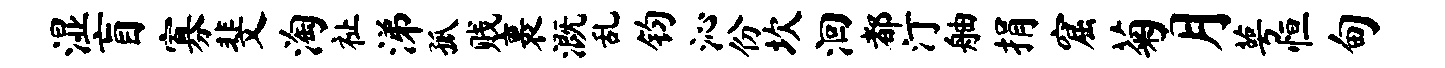
湿盲寡斐淘祉涕孤贱裹溉乱钧沁份坎洄都汀舳捐窟菊月萼恒甸